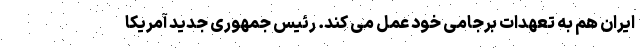
ایران هم به تعهدات برجامی خود عمل می کند. رئیس جمهوری جدید آمریکا